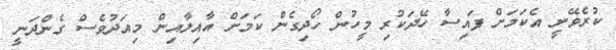
ކުރެވޭނީ އެކަމަށް ފައިސާ ހޭދަކުރި މީހުން ހޯދިގެން ކަމަށް އާއިލާއިން މިއަދުވެސް ގެންދަނީ